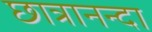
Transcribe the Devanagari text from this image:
छात्रानन्दा